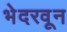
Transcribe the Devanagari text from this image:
भेदरवून